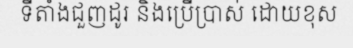
ទីតាំងជួញដូរ និងប្រើប្រាស់ ដោយខុស